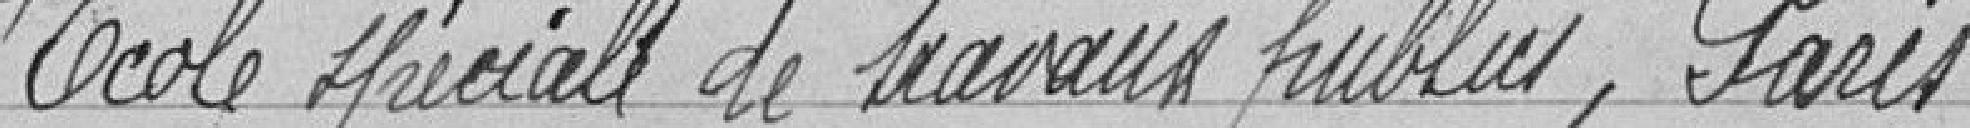
Ecole Spéciale de Travaux publics, Paris